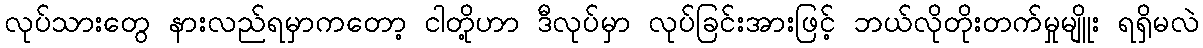
လုပ်သားတွေ နားလည်ရမှာကတော့ ငါတို့ဟာ ဒီလုပ်မှာ လုပ်ခြင်းအားဖြင့် ဘယ်လိုတိုးတက်မှုမျိူး ရရှိမလဲ